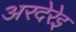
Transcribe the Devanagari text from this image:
अरदेरेइ